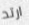
ارتد